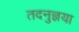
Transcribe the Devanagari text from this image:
तदनुज्ञया